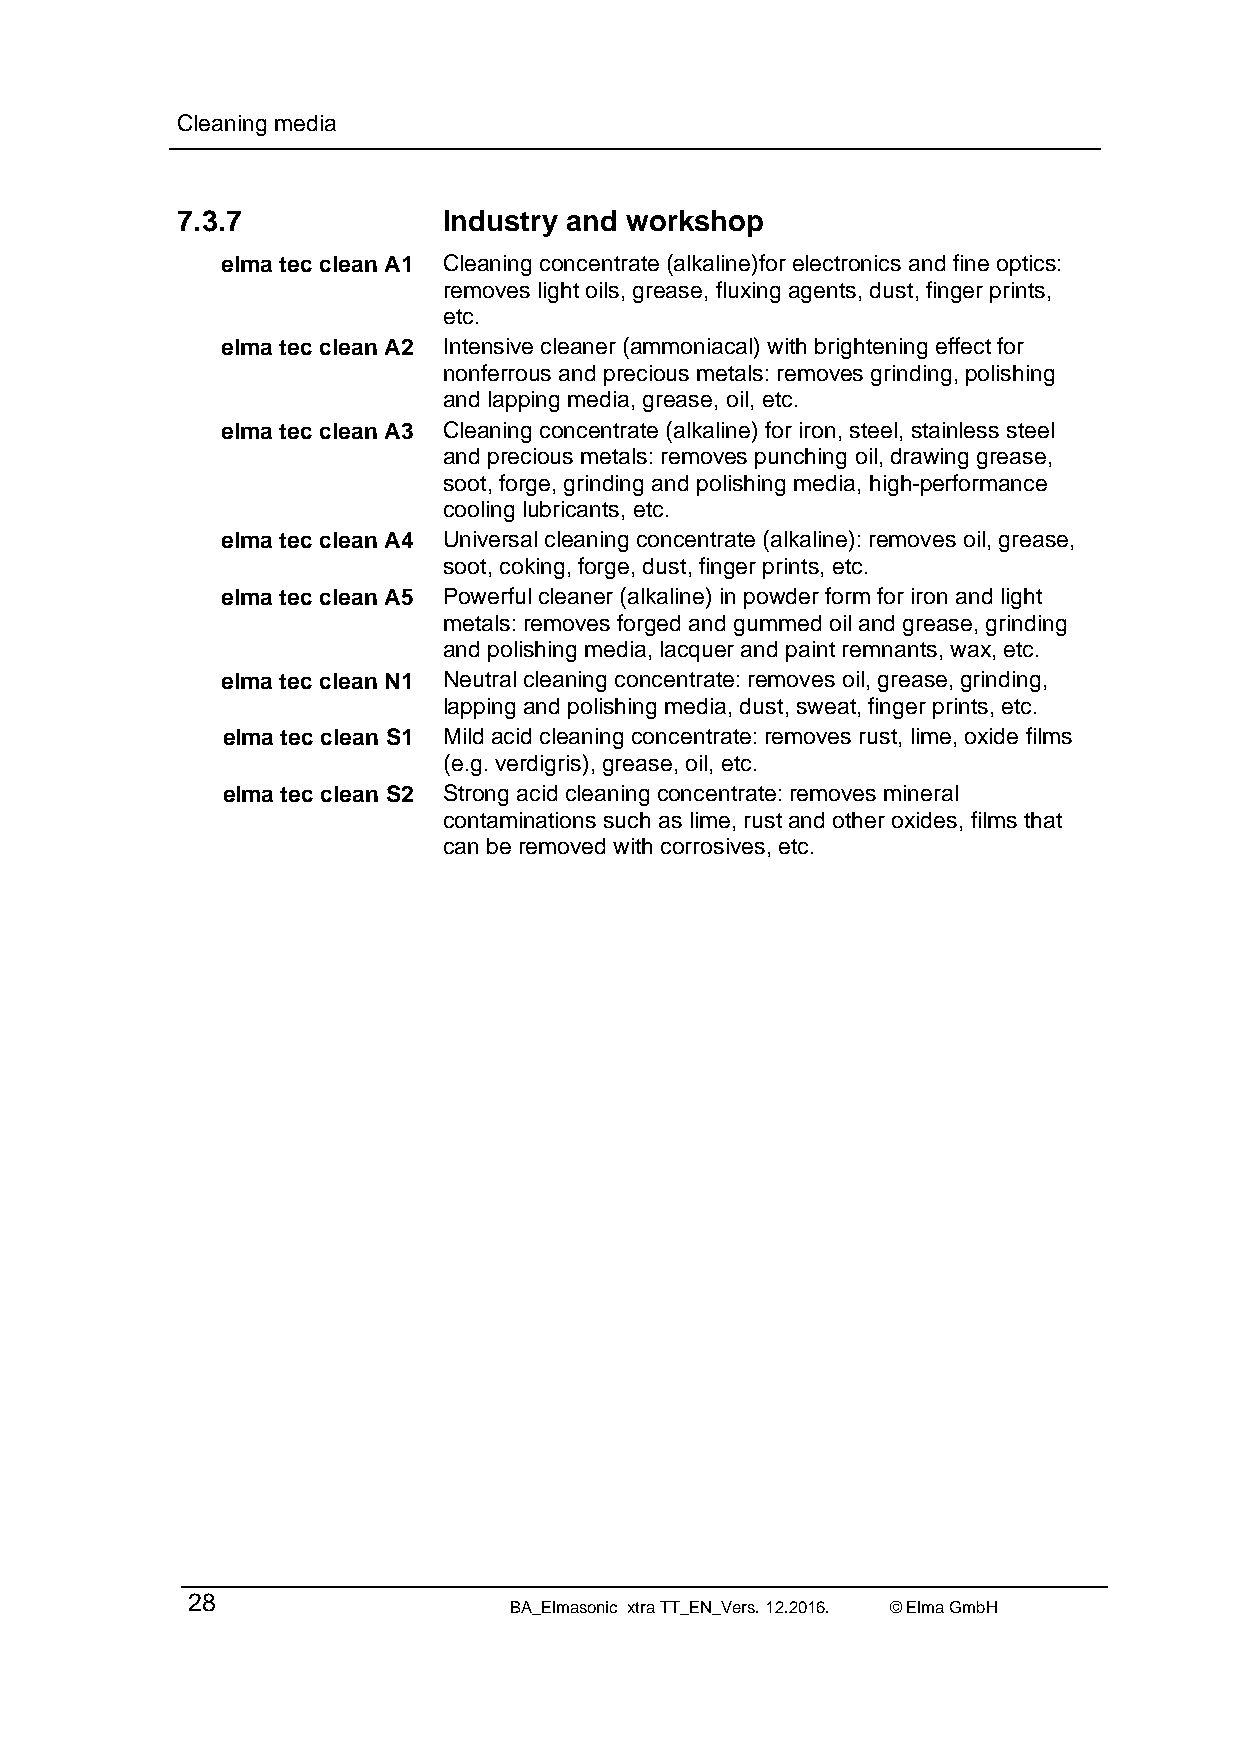
Cleaning media
 7.3.7            Industry and workshop
 elma tec clean A1 Cleaning concentrate (alkaline)for electronics and fine optics:
 removes light oils, grease, fluxing agents, dust, finger prints,
 etc.
 elma tec clean A2 Intensive cleaner (ammoniacal) with brightening effect for
 nonferrous and precious metals: removes grinding, polishing
 and lapping media, grease, oil, etc.
 elma tec clean A3 Cleaning concentrate (alkaline) for iron, steel, stainless steel
 and precious metals: removes punching oil, drawing grease,
 soot, forge, grinding and polishing media, high-performance
 cooling lubricants, etc.
 elma tec clean A4 Universal cleaning concentrate (alkaline): removes oil, grease,
 soot, coking, forge, dust, finger prints, etc.
 elma tec clean A5 Powerful cleaner (alkaline) in powder form for iron and light
 metals: removes forged and gummed oil and grease, grinding
 and polishing media, lacquer and paint remnants, wax, etc.
 elma tec clean N1 Neutral cleaning concentrate: removes oil, grease, grinding,
 lapping and polishing media, dust, sweat, finger prints, etc.
 elma tec clean S1 Mild acid cleaning concentrate: removes rust, lime, oxide films
 (e.g. verdigris), grease, oil, etc.
 elma tec clean S2 Strong acid cleaning concentrate: removes mineral
 contaminations such as lime, rust and other oxides, films that
 can be removed with corrosives, etc.
 28
 BA_Elmasonic xtra TT_EN_Vers. 12.2016. © Elma GmbH